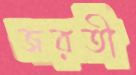
জরতী